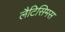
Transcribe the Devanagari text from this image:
लैटिसिमस